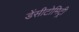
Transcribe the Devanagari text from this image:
डेंसीटोमिट्री